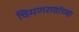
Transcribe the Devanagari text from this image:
चिमणरावांच्या